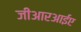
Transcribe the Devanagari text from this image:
जीआरआईए